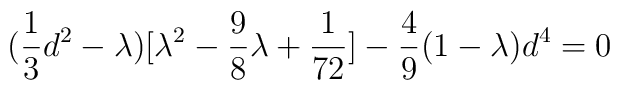
({1\over3}d^2-\lambda)[\lambda^2-{9\over 8}\lambda+{1\over 72}]-{4\over 9}(1-\lambda)d^4=0